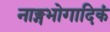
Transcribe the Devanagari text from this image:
नाङ्गभोगादिकं